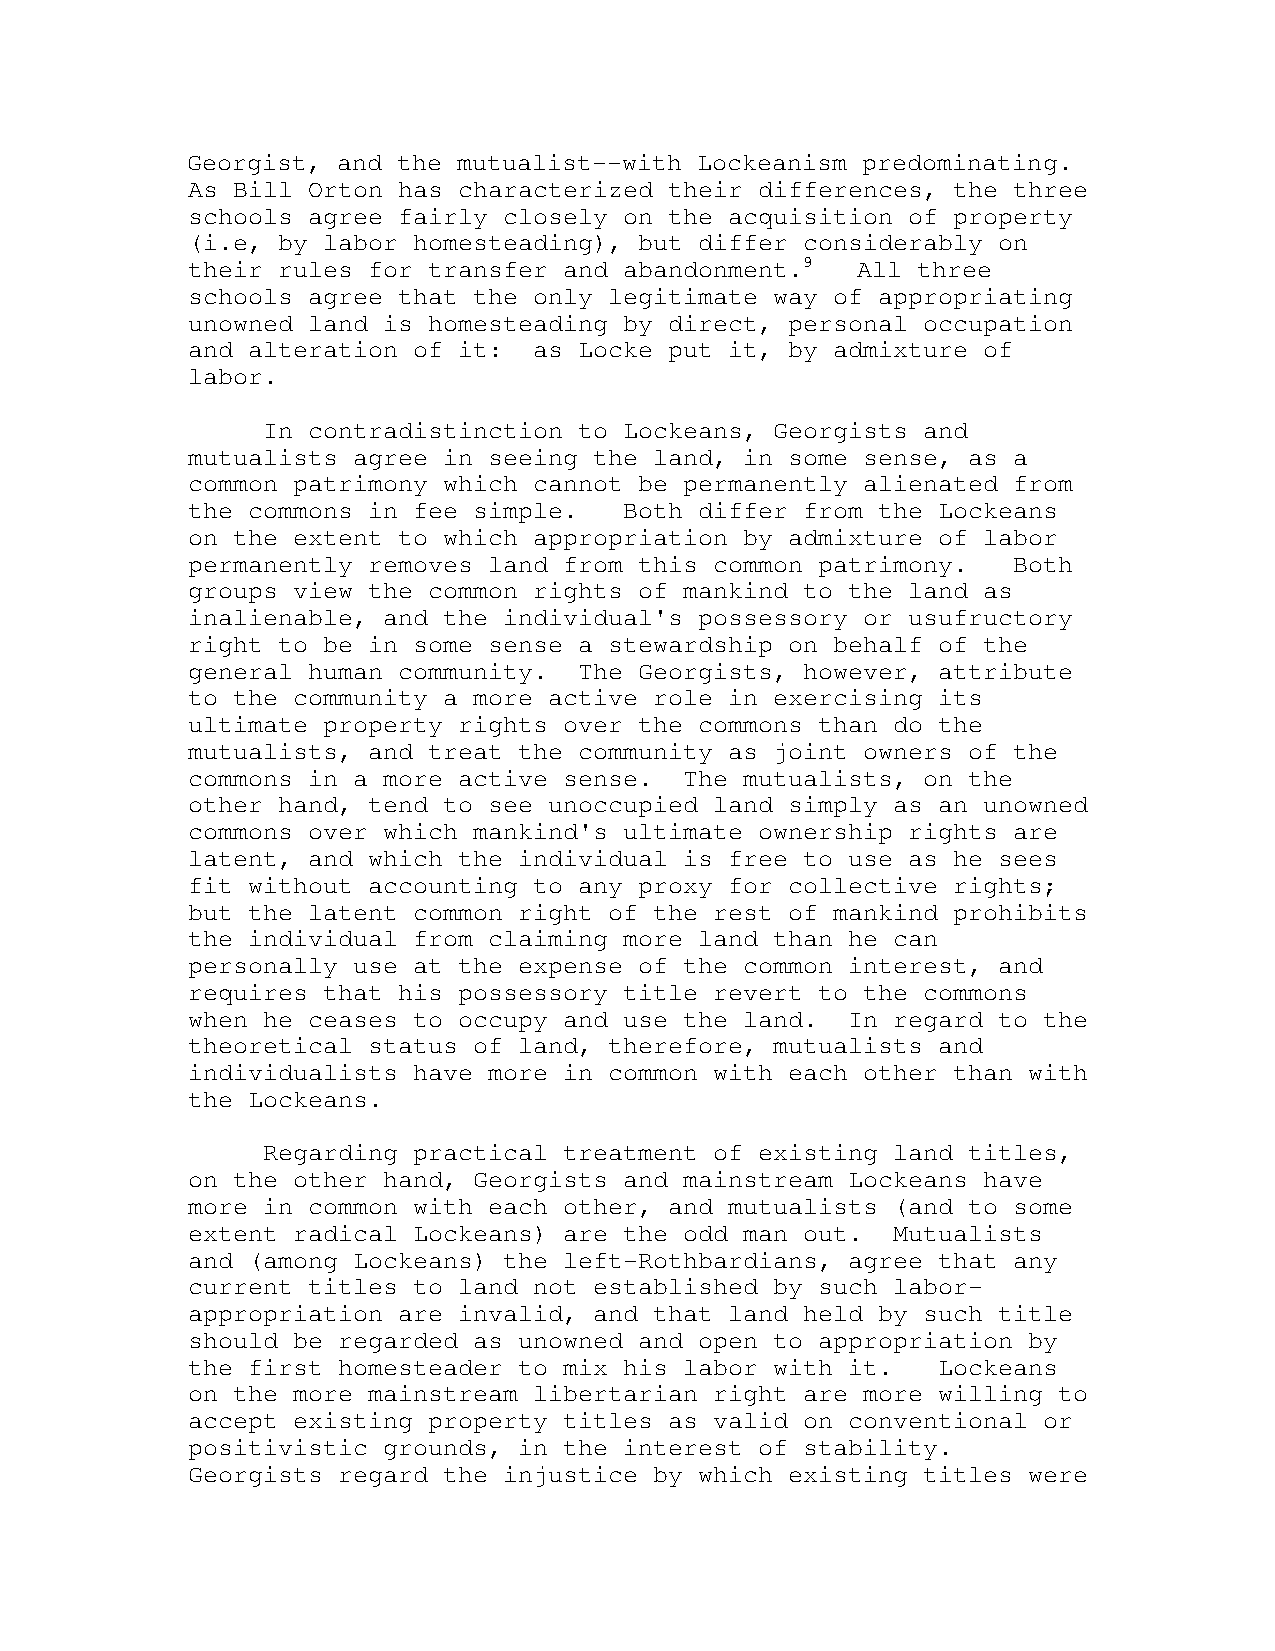
Georgist, and the mutualist--with Lockeanism predominating.
 As Bill Orton has characterized their differences, the three
 schools agree fairly closely on the acquisition of property
 (i.e, by labor homesteading), but differ considerably on
 their rules for transfer and abandonment.9   All three
 schools agree that the only legitimate way of appropriating
 unowned land is homesteading by direct, personal occupation
 and alteration of it:  as Locke put it, by admixture of
 labor.
 In contradistinction to Lockeans, Georgists and
 mutualists agree in seeing the land, in some sense, as a
 common patrimony which cannot be permanently alienated from
 the commons in fee simple.   Both differ from the Lockeans
 on the extent to which appropriation by admixture of labor
 permanently removes land from this common patrimony.   Both
 groups view the common rights of mankind to the land as
 inalienable, and the individual's possessory or usufructory
 right to be in some sense a stewardship on behalf of the
 general human community.  The Georgists, however, attribute
 to the community a more active role in exercising its
 ultimate property rights over the commons than do the
 mutualists, and treat the community as joint owners of the
 commons in a more active sense.  The mutualists, on the
 other hand, tend to see unoccupied land simply as an unowned
 commons over which mankind's ultimate ownership rights are
 latent, and which the individual is free to use as he sees
 fit without accounting to any proxy for collective rights;
 but the latent common right of the rest of mankind prohibits
 the individual from claiming more land than he can
 personally use at the expense of the common interest, and
 requires that his possessory title revert to the commons
 when he ceases to occupy and use the land.  In regard to the
 theoretical status of land, therefore, mutualists and
 individualists have more in common with each other than with
 the Lockeans.
 Regarding practical treatment of existing land titles,
 on the other hand, Georgists and mainstream Lockeans have
 more in common with each other, and mutualists (and to some
 extent radical Lockeans) are the odd man out.  Mutualists
 and (among Lockeans) the left-Rothbardians, agree that any
 current titles to land not established by such labor-
 appropriation are invalid, and that land held by such title
 should be regarded as unowned and open to appropriation by
 the first homesteader to mix his labor with it.   Lockeans
 on the more mainstream libertarian right are more willing to
 accept existing property titles as valid on conventional or
 positivistic grounds, in the interest of stability.
 Georgists regard the injustice by which existing titles were